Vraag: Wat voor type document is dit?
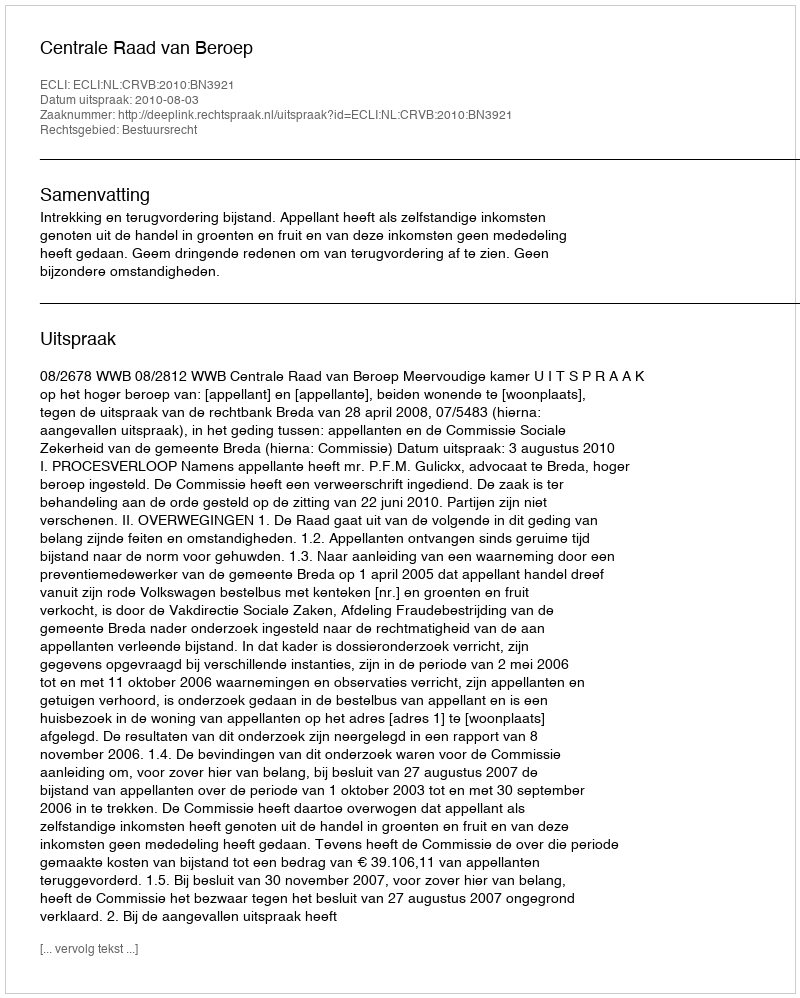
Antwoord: Uitspraak